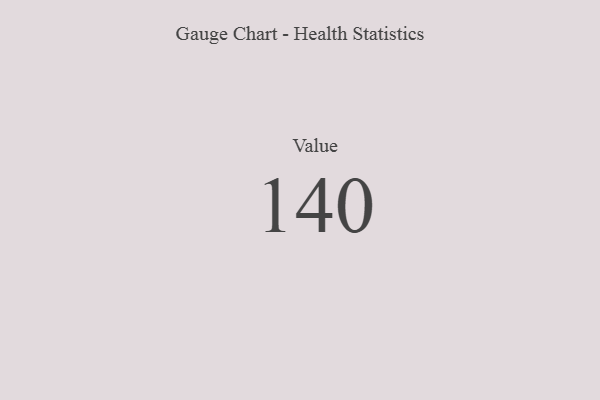
{"axis": {"x": "Metric", "y": "Value"}, "legend": [""], "data": [{"x": "Value", "y": 140, "type": ""}]}